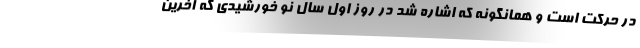
در حرکت است و همانگونه که اشاره شد در روز اول سال نو خورشیدی که آخرین